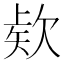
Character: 𭭎